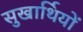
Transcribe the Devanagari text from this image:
सुखार्थियों